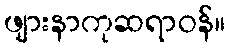
ဖျားနာကုဆရာဝန်။